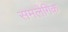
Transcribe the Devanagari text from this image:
समलेंगिक